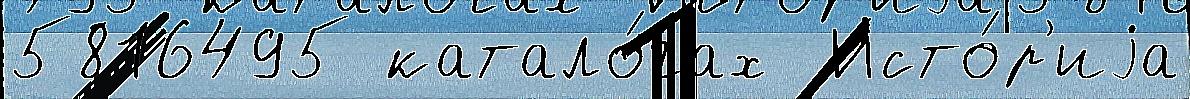
5816495 катало́гах  Исто́р'иjа